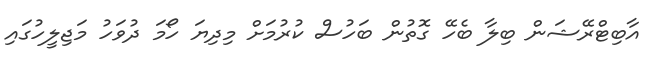
އާބިޓްރޭޝަން ބިލާ ބެހޭ ގޮތުން ބަހުސް ކުރުމަށް މިދިޔަ ހޯމަ ދުވަހު މަޖިލީހުގައި